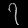
Digit: ၇